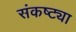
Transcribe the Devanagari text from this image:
संकष्ट्या